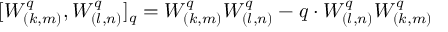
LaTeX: [ W _ { ( k , m ) } ^ { q } , W _ { ( l , n ) } ^ { q } ] _ { q } = W _ { ( k , m ) } ^ { q } W _ { ( l , n ) } ^ { q } - q \cdot W _ { ( l , n ) } ^ { q } W _ { ( k , m ) } ^ { q }